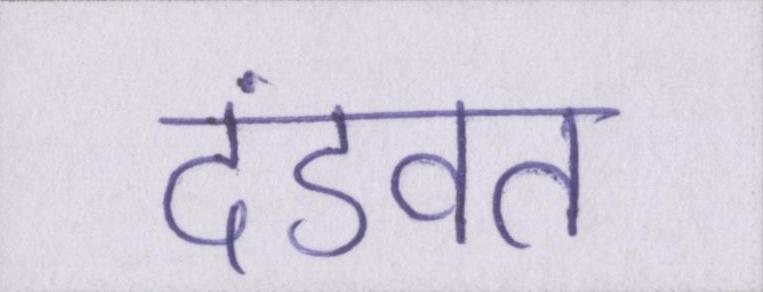
दंडवत